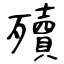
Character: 殰